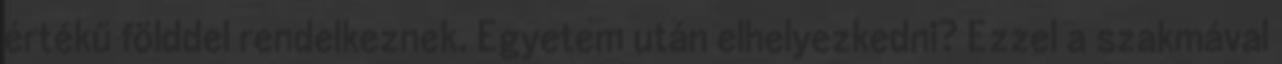
értékű földdel rendelkeznek. Egyetem után elhelyezkedni? Ezzel a szakmával